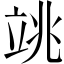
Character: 𥩼